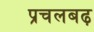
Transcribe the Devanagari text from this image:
प्रचलबढ़